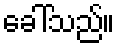
ခေါ်သည်။